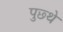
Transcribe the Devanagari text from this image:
पुछ्थे